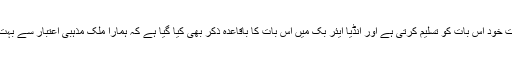
چونکہ ہماری حکومت خود اس بات کو تسلیم کرتی ہے اور انڈیا ایئر بک میں اس بات کا باقاعدہ ذکر بھی کیا گیا ہے کہ ہمارا ملک مذہبی اعتبار سے بہت ہی حساس ملک ہے۔